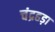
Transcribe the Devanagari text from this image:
चंद्रहड़ा